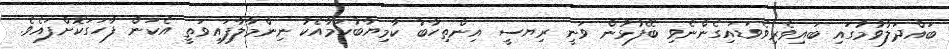
ބައްދަލުވުމުގައި ބައިވެރިވެވަޑައިގެންނެވި ބޭފުޅުން ވަނީ ރިޔސީ އިންތިހާބު ކާމިޔާބުކަމާއެކު ނިންމާލާފައިވަތީ އެކަން ފާހަގަކޮށްފައެވެ.